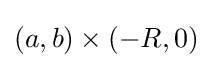
(a,b)\times (-R,0)